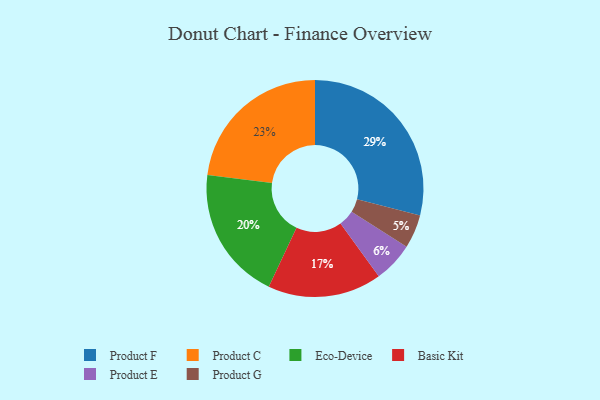
{"axis": {"x": "Category", "y": "Percentage"}, "legend": ["Basic Kit", "Eco-Device", "Product C", "Product E", "Product F", "Product G"], "data": [{"x": "Basic Kit", "y": 17, "type": "Basic Kit"}, {"x": "Product G", "y": 5, "type": "Product G"}, {"x": "Eco-Device", "y": 20, "type": "Eco-Device"}, {"x": "Product F", "y": 29, "type": "Product F"}, {"x": "Product E", "y": 6, "type": "Product E"}, {"x": "Product C", "y": 23, "type": "Product C"}]}